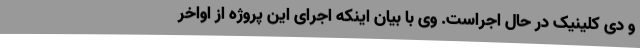
و دی کلینیک در حال اجراست. وی با بیان اینکه اجرای این پروژه از اواخر